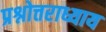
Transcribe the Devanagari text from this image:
प्रश्नोत्तराध्याय